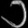
Digit: ၁